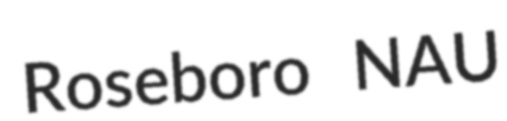
Roseboro NAU